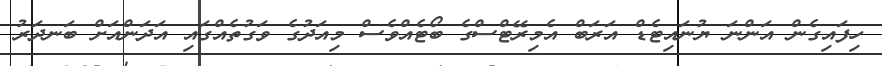
ހިފައިގެން އަންނަ ޔުނައިޓެޑް އަރަބް އެމިރޭޓްސްގެ ބޯޓެއްވެސް މިއަދުގެ ވަގުތެއްގައި އަދަންއަށް ބަނދަރު